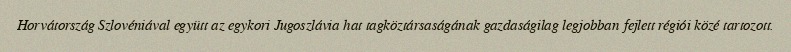
Horvátország Szlovéniával együtt az egykori Jugoszlávia hat tagköztársaságának gazdaságilag legjobban fejlett régiói közé tartozott.